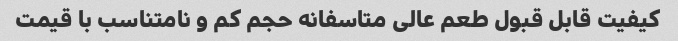
کیفیت قابل قبول طعم عالی متاسفانه حجم کم و نامتناسب با قیمت